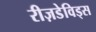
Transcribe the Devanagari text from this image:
रीज़डेविड्स